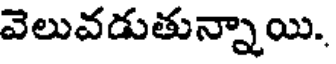
వెలువడుతున్నాయి.